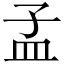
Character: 孟